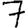
Digit: 7